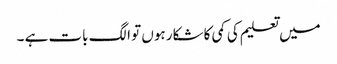
میں تعلیم کی کمی کا شکار ہوں تو الگ بات ہے ۔